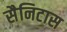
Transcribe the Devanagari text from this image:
सैनिटास